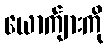
ယောက်ျားကို